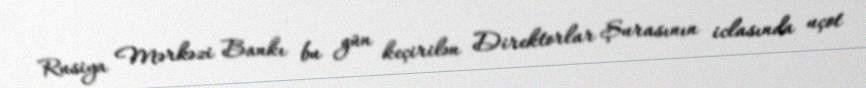
Rusiya Mərkəzi Bankı bu gün keçirilən Direktorlar Şurasının iclasında uçot